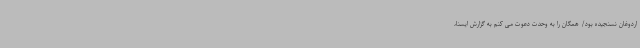
اردوغان نسنجیده بود/ همگان را به وحدت دعوت می کنم به گزارش ایسنا،